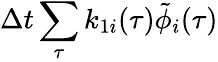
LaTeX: \Delta t\sum_{\tau}k_{1i}(\tau)\tilde{\phi}_{i}(\tau)